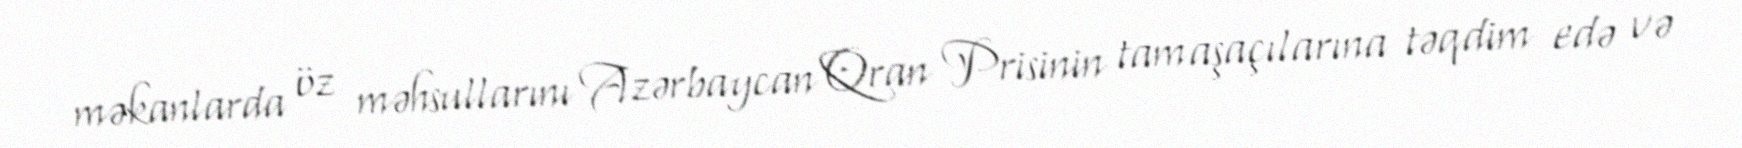
məkanlarda öz məhsullarını Azərbaycan Qran Prisinin tamaşaçılarına təqdim edə və